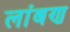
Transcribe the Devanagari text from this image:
लांबण